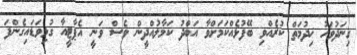
ގިނަދުވަހު ޚިދުމަތް ކުރެއްވި ބޭފުޅެއްކަމަށްވާ އަބްދު ކަމާލުއްދީން ވެސް ވަނީ އެޕާޓީއާ ގުޅިވަޑައިގެންފަ